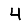
Digit: 4